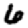
Digit: 6